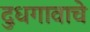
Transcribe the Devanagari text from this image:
दुधगावाचे